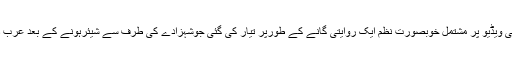
ملکہ کی تصاویر کیساتھ بنائی گئی ویڈیو پر مشتمل خوبصورت نظم ایک روایتی گانے کے طورپر تیار کی گئی جوشہزادے کی طرف سے شیئرہونے کے بعد عرب دنیا میں انٹرنیٹ پر وائرل ہوگئی۔